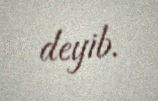
deyib.